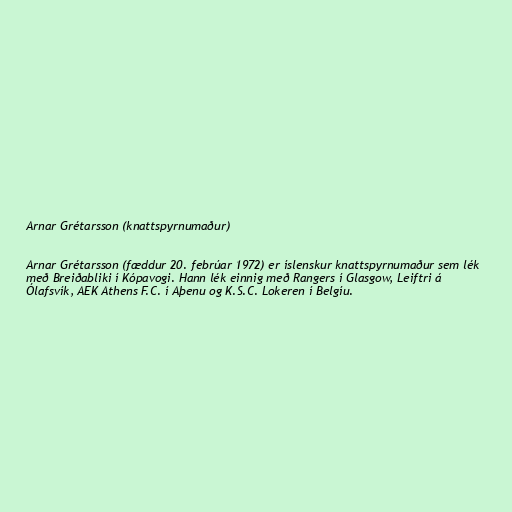
Arnar Grétarsson (knattspyrnumaður)

Arnar Grétarsson (fæddur 20. febrúar 1972) er íslenskur knattspyrnumaður sem lék
með Breiðabliki í Kópavogi. Hann lék einnig með Rangers í Glasgow, Leiftri á
Ólafsvík, AEK Athens F.C. í Aþenu og K.S.C. Lokeren í Belgíu.